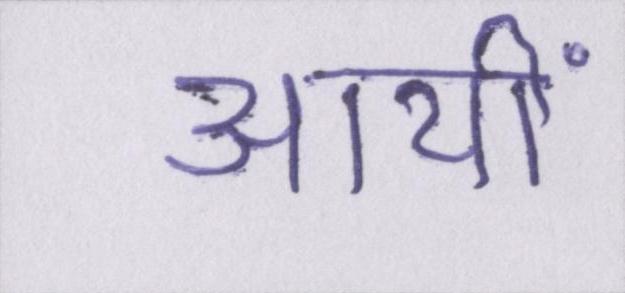
आयीं